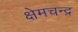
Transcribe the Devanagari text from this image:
क्षेमचन्‍द्र